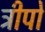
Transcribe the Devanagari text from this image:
ट्रीपो